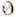
0